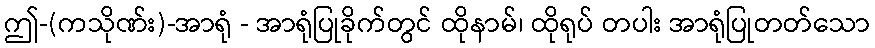
ဤ-(ကသိုဏ်း)-အာရုံ - အာရုံပြုခိုက်တွင် ထိုနာမ်၊ ထိုရုပ် တပါး အာရုံပြုတတ်သော